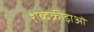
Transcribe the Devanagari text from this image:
शब्दक्रीड़ाओं